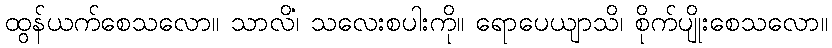
ထွန်ယက်စေသလော။ သာလိံ၊ သလေးစပါးကို။ ရောပေယျာသိ၊ စိုက်ပျိုးစေသလော။